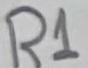
Text: R1